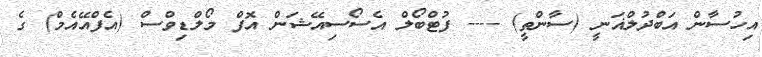
އިހުސާން އަބްދުލްޣަނީ (ސާންތީ) ---- ފުޓްބޯލް އެސޯސިއޭޝަން އޮފް މޯލްޑިވްސް (އެފްއޭއެމް) ގެ